Civil Veterinary Department. Madras. Admin. report 1910-25 - 1910-1925
Year: 1910
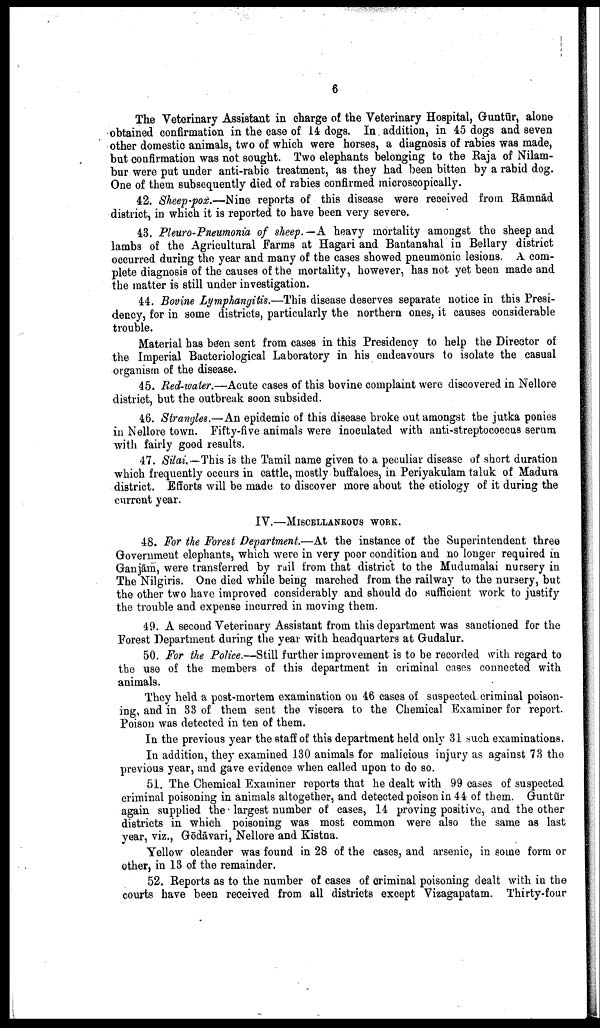
6
The Veterinary Assistant in charge of the Veterinary Hospital, Guntūr, alone
obtained confirmation in the case of 14 dogs. In addition, in 45 dogs and seven
other domestic animals, two of which were horses, a diagnosis of rabies was made,
but confirmation was not sought. Two elephants belonging to the Raja of Nilam-
bur were put under anti-rabic treatment, as they had been bitten by a rabid dog.
One of them subsequently died of rabies confirmed microscopically.
42. Sheep-pox.—Nine reports of this disease were received from Rāmnād
district, in which it is reported to have been very severe.
43. Pleuro-Pneumonia of sheep.—A heavy mortality amongst the sheep and
lambs of the Agricultural Farms at Hagari and Bantanahal in Bellary district
occurred during the year and many of the cases showed pneumonic lesions. A com
plete diagnosis of the causes of the mortality, however, has not yet been made and
the matter is still under investigation.
44. Bovine Lymphangitis.—This disease deserves separate notice in this Presi
dency, for in some districts, particularly the northern ones, it causes considerable
trouble.
Material has been sent from cases in this Presidency to help the Director of
the Imperial Bacteriological Laboratory in his endeavours to isolate the casual
organism of the disease.
45. Red-water.—Acute cases of this bovine complaint were discovered in Nellore
district, but the outbreak soon subsided.
46. Strangles.—An epidemic of this disease broke out amongst the jutka ponies
in Nellore town. Fifty-five animals were inoculated with anti-streptococcus serum
with fairly good results.
47. Silai—This is the Tamil name given to a peculiar disease of short duration
which frequently occurs in cattle, mostly buffaloes, in Periyakulam taluk of Madura
district. Efforts will be made to discover more about the etiology of it during the
current year.
IV.—MISCELLANEOUS WORK.
48. For the Forest Department.—At the instance of the Superintendent three
Government elephants, which were in very poor condition and no longer required in
Ganjām, were transferred by rail from that district to the Mudumalai nursery in
The Nilgiris. One died while being marched from the railway to the nursery, but
the other two have improved considerably and should do sufficient work to justify
the trouble and expense incurred in moving them.
49. A second Veterinary Assistant from this department was sanctioned for the
Forest Department during the year with headquarters at Gudalur.
50. For the Police.—Still further improvement is to be recorded with regard to
the use of the members of this department in criminal cases connected with
animals.
They held a post-mortem examination on 46 cases of suspected criminal poison
ing, and in 33 of them sent the viscera to the Chemical Examiner for report.
Poison was detected in ten of them.
In the previous year the staff of this department held only 31 such examinations.
In addition, they examined 130 animals for malicious injury as against 73 the
previous year, and gave evidence when called upon to do so.
51. The Chemical Examiner reports that he dealt with 99 cases of suspected
criminal poisoning in animals altogether, and detected poison in 44 of them. Guntūr
again supplied the largest number of cases, 14 proving positive, and the other
districts in which poisoning was most common were also the same as last
year, viz., Gōdāvari, Nellore and Kistna.
Yellow oleander was found in 28 of the cases, and arsenic, in some form or
other, in 13 of the remainder.
52. Reports as to the number of cases of criminal poisoning dealt with in the
courts have been received from all districts except Vizagapatam. Thirty-four